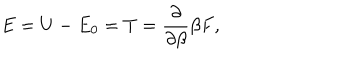
LaTeX: E = U - E _ { 0 } = T = \frac \partial { \partial \beta } \beta F ,